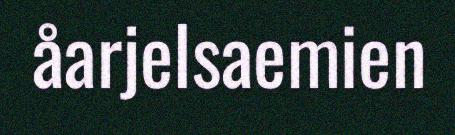
åarjelsaemien